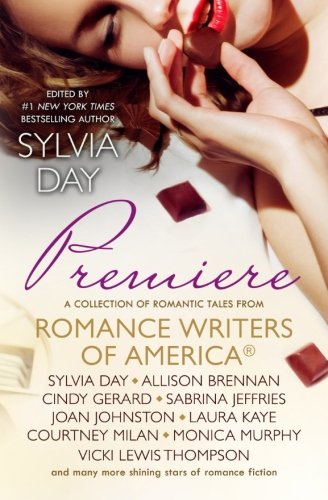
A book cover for Premiere: A Romance Writers of AmericaÂ® Collection (Romance Writers of AmericaÂ® Presents Book 1) (Volume 1); Romance Writers of America Inc; Romance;